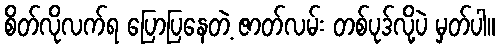
စိတ်လိုလက်ရ ပြောပြနေတဲ့ ဇာတ်လမ်း တစ်ပုဒ်လို့ပဲ မှတ်ပါ။